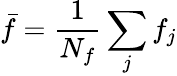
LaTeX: \bar{f}=\frac{1}{N_{f}}\sum_{j}f_{j}